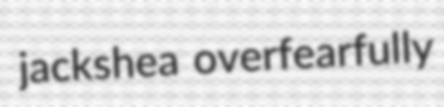
jackshea overfearfully